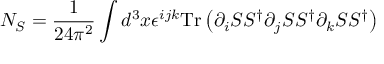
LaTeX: N _ { S } = { \frac { 1 } { 2 4 \pi ^ { 2 } } } \int d ^ { 3 } x \epsilon ^ { i j k } \mathrm { T r } \left( \partial _ { i } S S ^ { \dagger } \partial _ { j } S S ^ { \dagger } \partial _ { k } S S ^ { \dagger } \right)